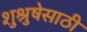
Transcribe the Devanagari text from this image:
शुश्रुषेसाठी